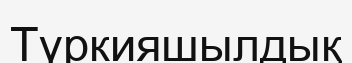
Түркияшылдық